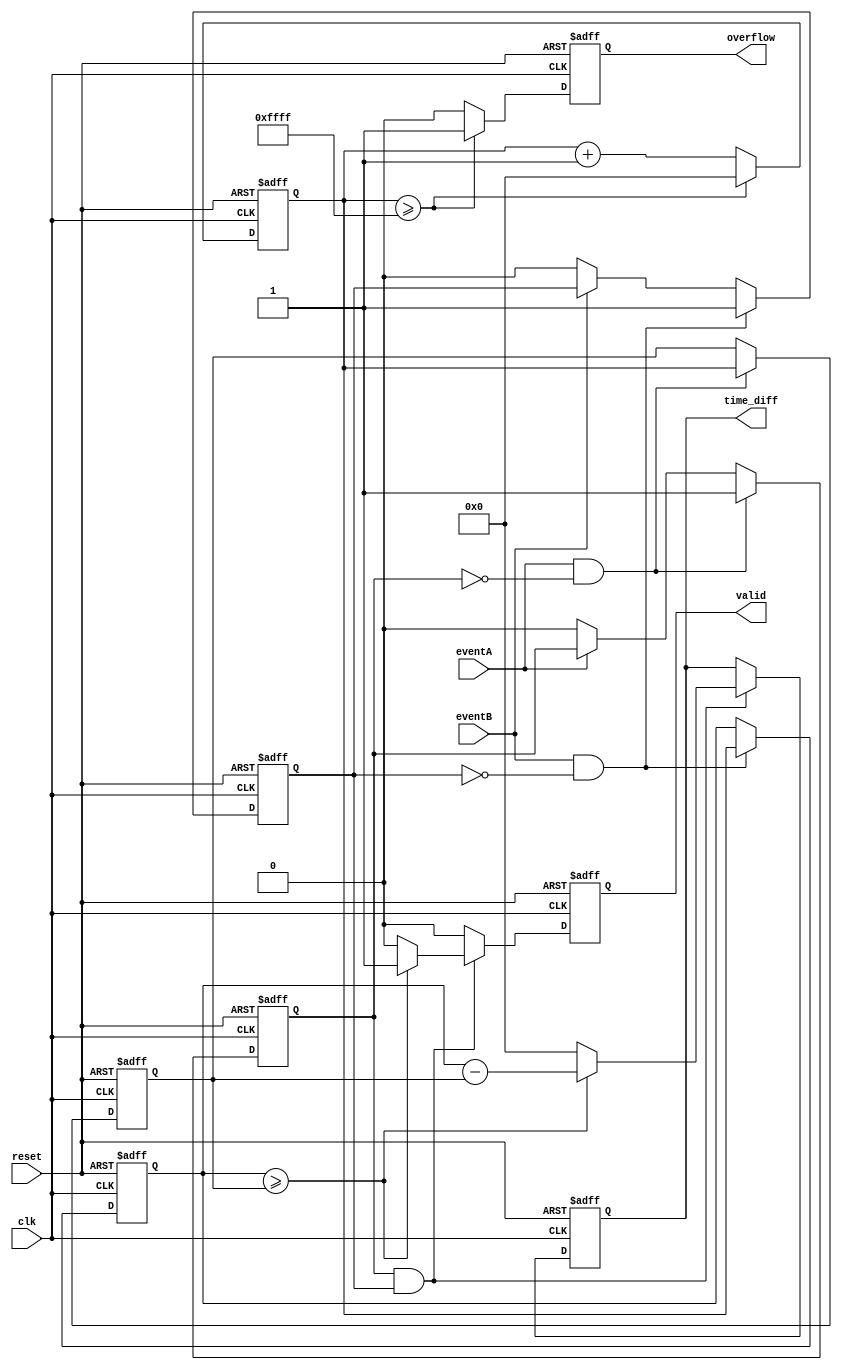
module TDC (
    input wire clk,          // Clock signal
    input wire reset,        // Reset signal
    input wire eventA,       // Event A input signal
    input wire eventB,       // Event B input signal
    output reg [15:0] time_diff,  // Time difference output
    output reg valid,        // Valid measurement flag
    output reg overflow      // Overflow flag
);

    reg [15:0] timestampA;   // Timestamp for event A
    reg [15:0] timestampB;   // Timestamp for event B
    reg [15:0] counter;      // Clock cycle counter
    reg eventA_detected;     // Event A detected flag
    reg eventB_detected;     // Event B detected flag

    // Reset or initialize the TDC
    always @(posedge clk or posedge reset) begin
        if (reset) begin
            timestampA <= 16'b0;
            timestampB <= 16'b0;
            counter <= 16'b0;
            time_diff <= 16'b0;
            valid <= 1'b0;
            overflow <= 1'b0;
            eventA_detected <= 1'b0;
            eventB_detected <= 1'b0;
        end else begin
            // Increment the counter on each clock cycle
            counter <= counter + 1;

            // Edge detection for event A
            if (eventA && !eventA_detected) begin
                timestampA <= counter; // Capture timestamp for event A
                eventA_detected <= 1'b1; // Set event A detected flag
            end else if (!eventA) begin
                eventA_detected <= 1'b0; // Reset event A detected flag
            end

            // Edge detection for event B
            if (eventB && !eventB_detected) begin
                timestampB <= counter; // Capture timestamp for event B
                eventB_detected <= 1'b1; // Set event B detected flag
            end else if (!eventB) begin
                eventB_detected <= 1'b0; // Reset event B detected flag
            end

            // Calculate time difference when both events are detected
            if (eventA_detected && eventB_detected) begin
                if (timestampB >= timestampA) begin
                    time_diff <= timestampB - timestampA; // Calculate time diff
                    valid <= 1'b1; // Set valid flag
                end else begin
                    time_diff <= 16'b0; // Reset time diff on invalid state
                    valid <= 1'b0; // Clear valid flag
                end
            end else begin
                valid <= 1'b0; // Clear valid flag if not both events detected
            end

            // Check for overflow condition (example condition)
            if (counter >= 16'hFFFF) begin
                overflow <= 1'b1; // Set overflow flag
                counter <= 16'b0; // Reset counter on overflow
            end else begin
                overflow <= 1'b0; // Clear overflow flag
            end
        end
    end
endmodule